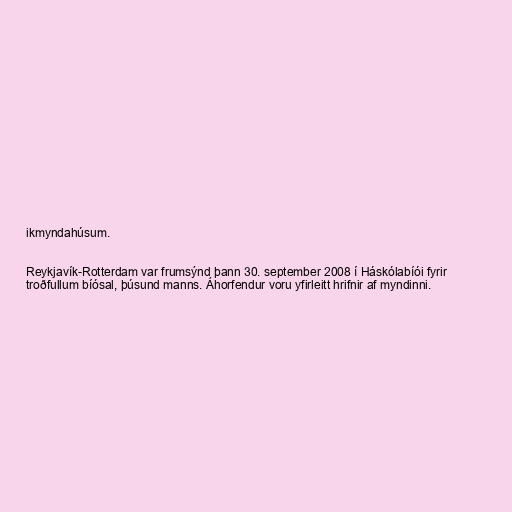
ikmyndahúsum.

Reykjavík-Rotterdam var frumsýnd þann 30. september 2008 í Háskólabíói fyrir
troðfullum bíósal, þúsund manns. Áhorfendur voru yfirleitt hrifnir af myndinni.